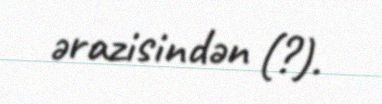
ərazisindən (?).